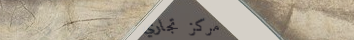
مركز تجاري سيتي مول: وجهت